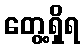
တွေ့ရှိရ